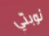
نوبتي